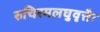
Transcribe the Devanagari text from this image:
रुचिरमलघुवृत्तैः